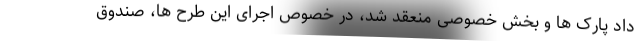
داد پارک ها و بخش خصوصی منعقد شد، در خصوص اجرای این طرح ها، صندوق